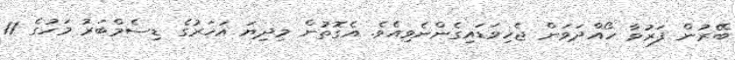
ބޭރުން ފަރުވާ ހޯއްދަވަން ޖެހިވަޑައިގެންނެވިއެވެ. އެގޮތުން މިދިޔަ އަހަރުގެ ޑިސެމްބަރު މަހުގެ 11